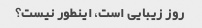
روز زیبایی است، اینطور نیست؟